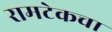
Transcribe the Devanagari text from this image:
रामटेकचा